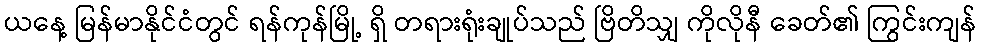
ယနေ့ မြန်မာနိုင်ငံတွင် ရန်ကုန်မြို့ ရှိ တရားရုံးချုပ်သည် ဗြိတိသျှ ကိုလိုနီ ခေတ်၏ ကြွင်းကျန်